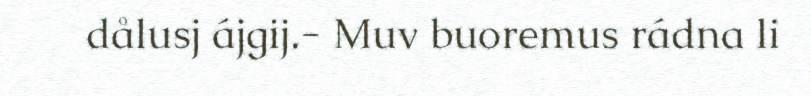
dålusj ájgij.- Muv buoremus rádna li